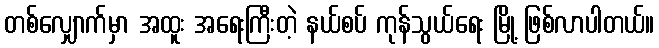
တစ်လျှောက်မှာ အထူး အရေးကြီးတဲ့ နယ်စပ် ကုန်သွယ်ရေး မြို့ ဖြစ်လာပါတယ်။